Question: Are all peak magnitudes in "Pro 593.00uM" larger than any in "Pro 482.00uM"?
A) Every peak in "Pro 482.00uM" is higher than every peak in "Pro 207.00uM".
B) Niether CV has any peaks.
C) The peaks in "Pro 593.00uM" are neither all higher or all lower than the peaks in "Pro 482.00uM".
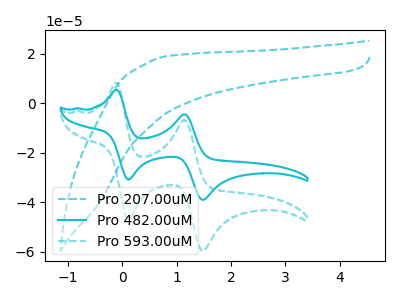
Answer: <think>The cyan dashed curve "Pro 207.00uM" has no peaks. The cyan curve "Pro 482.00uM" has anodic peaks at (-0.10V, 5.40uA) (1.15V, -4.45uA) and cathodic peaks at (0.10V, -30.75uA) (1.45V, -38.95uA). The cyan dashed curve "Pro 593.00uM" has anodic peaks at (-0.10V, 8.25uA) (1.15V, -6.80uA) and cathodic peaks at (0.10V, -46.95uA) (1.45V, -59.50uA).</think>
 <answer>C) The peaks in "Pro 593.00uM" are neither all higher or all lower than the peaks in "Pro 482.00uM".</answer>
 <eval>C</eval>